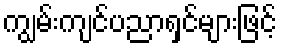
ကျွမ်းကျင်ပညာရှင်များဖြင့်